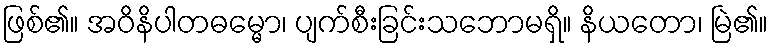
ဖြစ်၏။ အဝိနိပါတဓမ္မော၊ ပျက်စီးခြင်းသဘောမရှိ။ နိယတော၊ မြဲ၏။